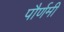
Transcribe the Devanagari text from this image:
पौर्णमी